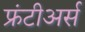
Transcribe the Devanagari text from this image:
फ्रंटीअर्स